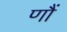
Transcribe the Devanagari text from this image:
णौं